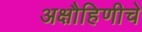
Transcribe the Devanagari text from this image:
अक्षौहिणीचे